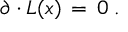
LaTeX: \partial \cdot L ( x ) \, = \, 0 \; .